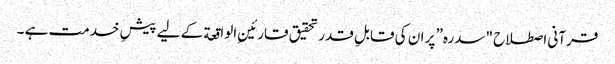
قرآنی اصطلاح "سدرہ” پر ان کی قابلِ قدر تحقیق قارئینِ الواقعة کے لیے پیشِ خدمت ہے ۔